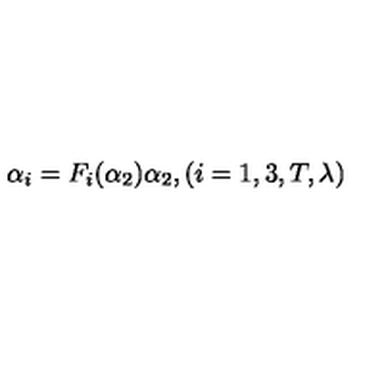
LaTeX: \alpha _ { i } = F _ { i } ( \alpha _ { 2 } ) \alpha _ { 2 } , ( i = 1 , 3 , T , \lambda )